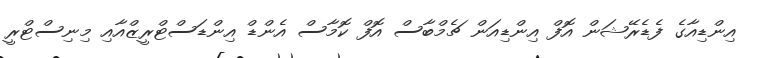
އިންޑިއާގެ ފެޑެރޭޝަން އޮފް އިންޑިއަން ޗެމްބާސް އޮފް ކޮމާސް އެންޑް އިންޑަސްޓްރީޒްއާއި މިނިސްޓްރީ